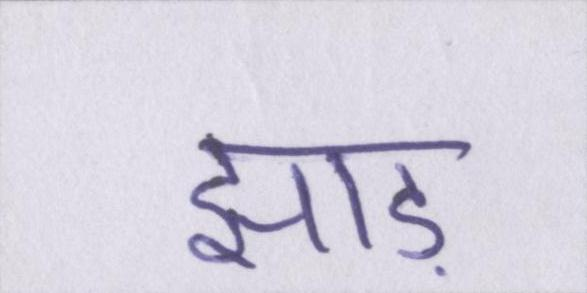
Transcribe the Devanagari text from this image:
झाड़